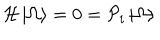
{ \cal { H } } \left| \Omega \right> = 0 = { \cal { P } } _ { i } \left| \Omega \right>